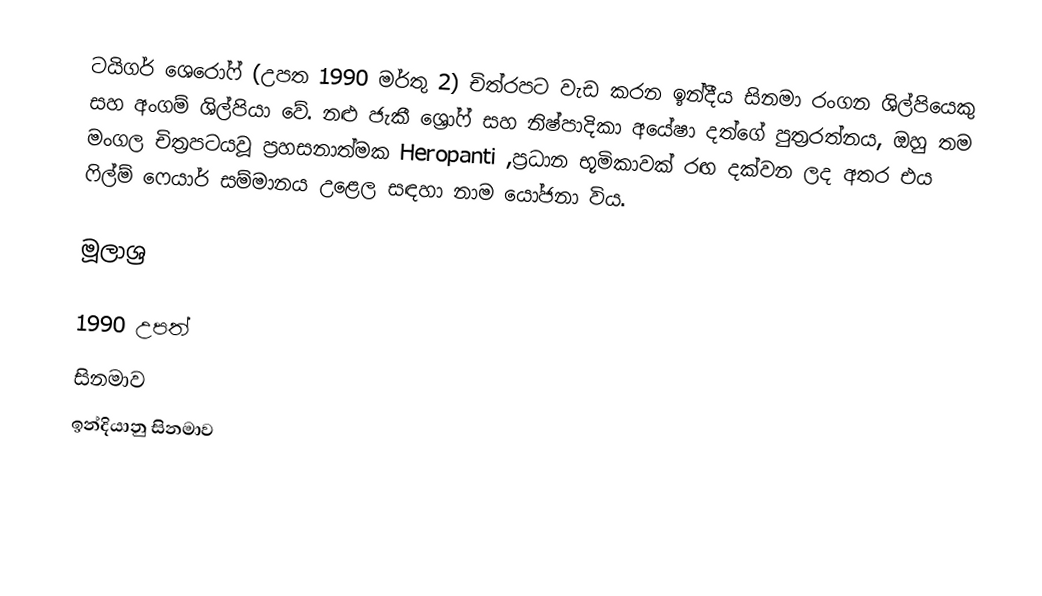
ටයිගර් ශෙරෝෆ්  (උපත 1990 මර්තු 2) චිත්රපට වැඩ කරන ඉන්දීය සිනමා රංගන ශිල්පියෙකු සහ අංගම් ශිල්පියා වේ. නළු ජැකී ශ්‍රෝෆ් සහ නිෂ්පාදිකා අයේෂා දත්ගේ පුත්‍රරත්නය, ඔහු තම මංගල චිත්‍රපටයවූ ප්‍රහසනාත්මක Heropanti ,ප්‍රධාන භූමිකාවක් රඟ දක්වන ලද අතර එය ෆිල්ම් ෆෙයාර් සම්මානය උළෙල සඳහා නාම යෝජනා විය.

මූලාශ්‍ර

1990 උපත්
සිනමාව
ඉන්දියානු සිනමාව